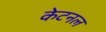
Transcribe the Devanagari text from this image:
केटनल